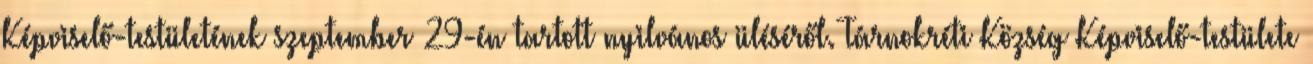
Képviselő-testületének szeptember 29-én tartott nyilvános üléséről. Tárnokréti Község Képviselő-testülete